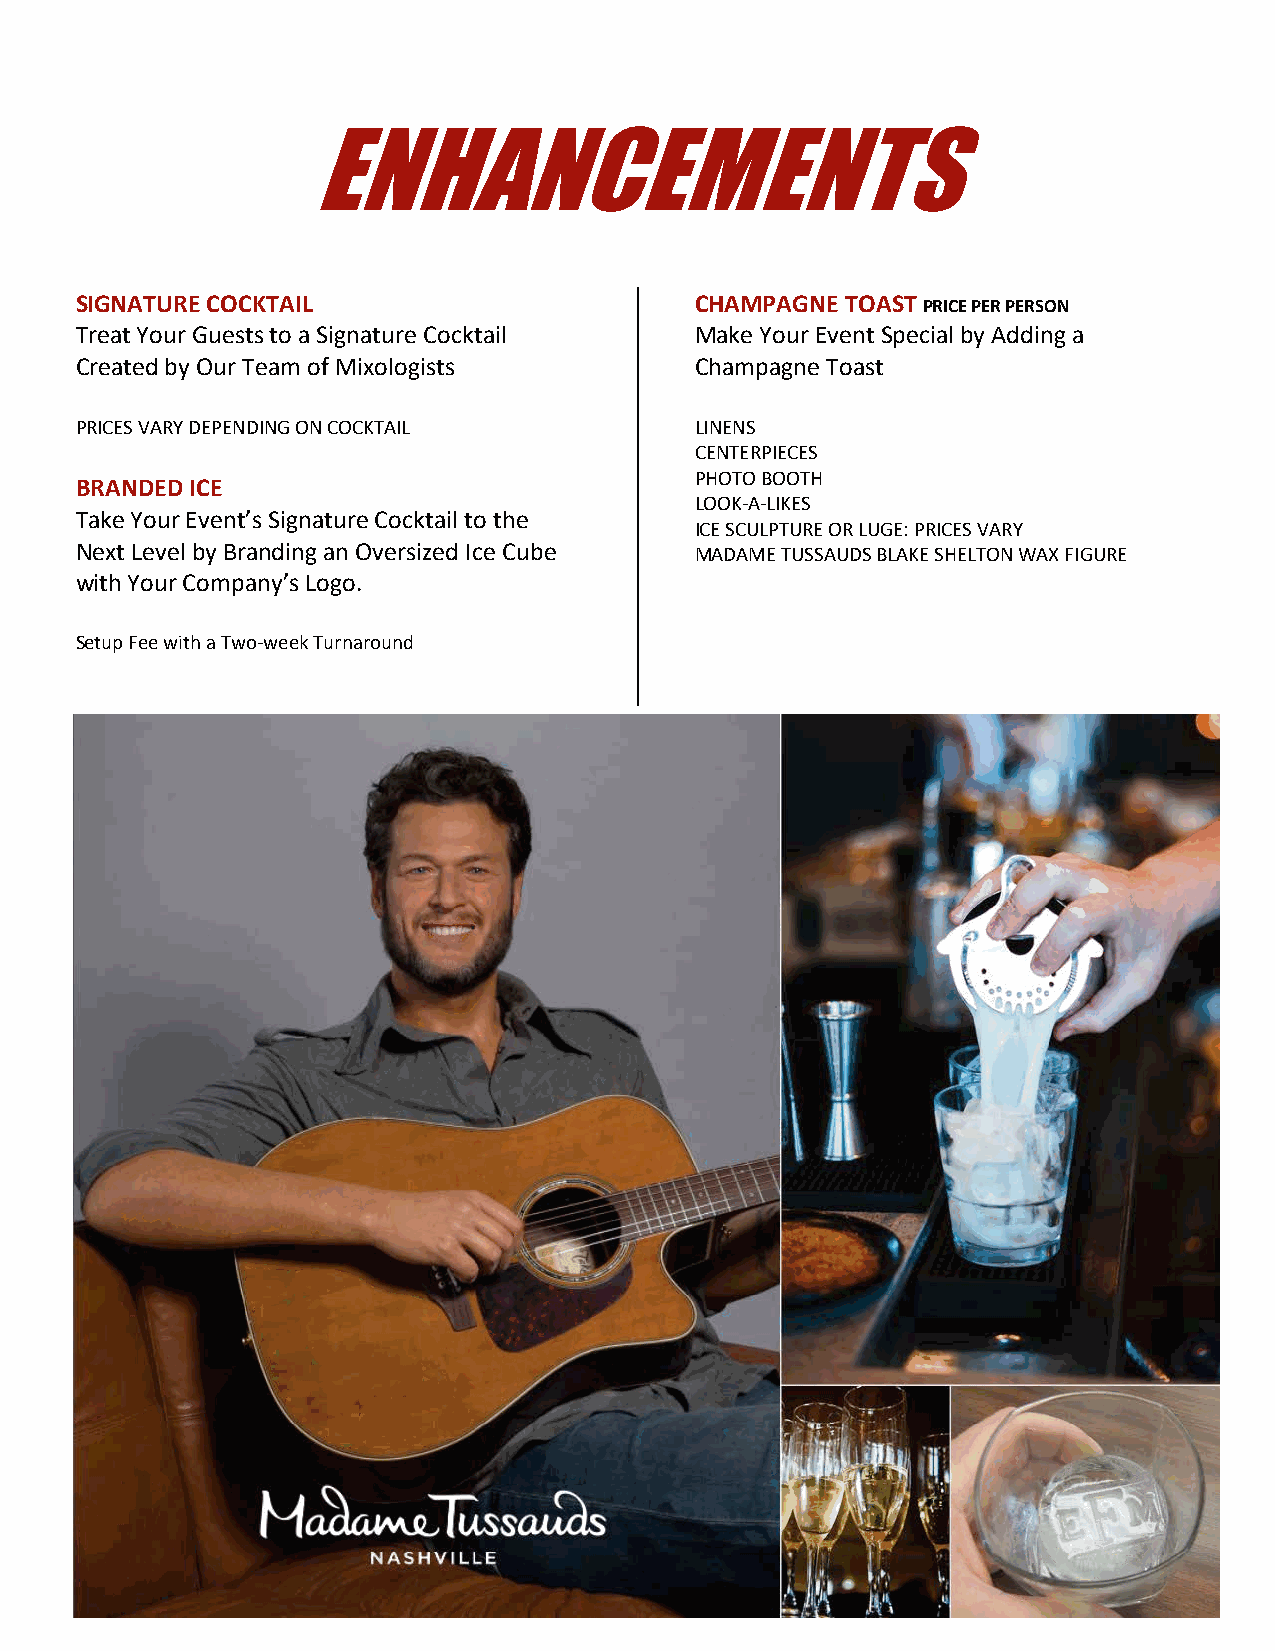
ENHANCEMENTS
 SIGNATURE COCKTAIL                       CHAMPAGNE TOAST PRICE PER PERSON
 Treat Your Guests to a Signature Cocktail Make Your Event Special by Adding a
 Created by Our Team of Mixologists       Champagne Toast
 PRICES VARY DEPENDING ON COCKTAIL        LINENS
 CENTERPIECES
 PHOTO BOOTH
 BRANDED ICE
 LOOK-A-LIKES
 Take Your Event’s Signature Cocktail to the
 ICE SCULPTURE OR LUGE: PRICES VARY
 Next Level by Branding an Oversized Ice Cube MADAME TUSSAUDS BLAKE SHELTON WAX FIGURE
 with Your Company’s Logo.
 Setup Fee with a Two-week Turnaround
 All charges are subject to a 24% service charge and applicable taxes.
 * Consuming raw or undercooked meats, poultry, seafood, shellfish or eggs may increase your risk of foodborne illness.